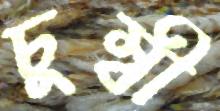
চুম্বী